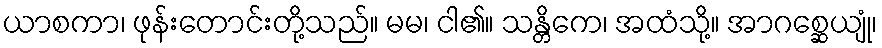
ယာစကာ၊ ဖုန်းတောင်းတို့သည်။ မမ၊ ငါ၏။ သန္တိကေ၊ အထံသို့။ အာဂစ္ဆေယျုံ၊